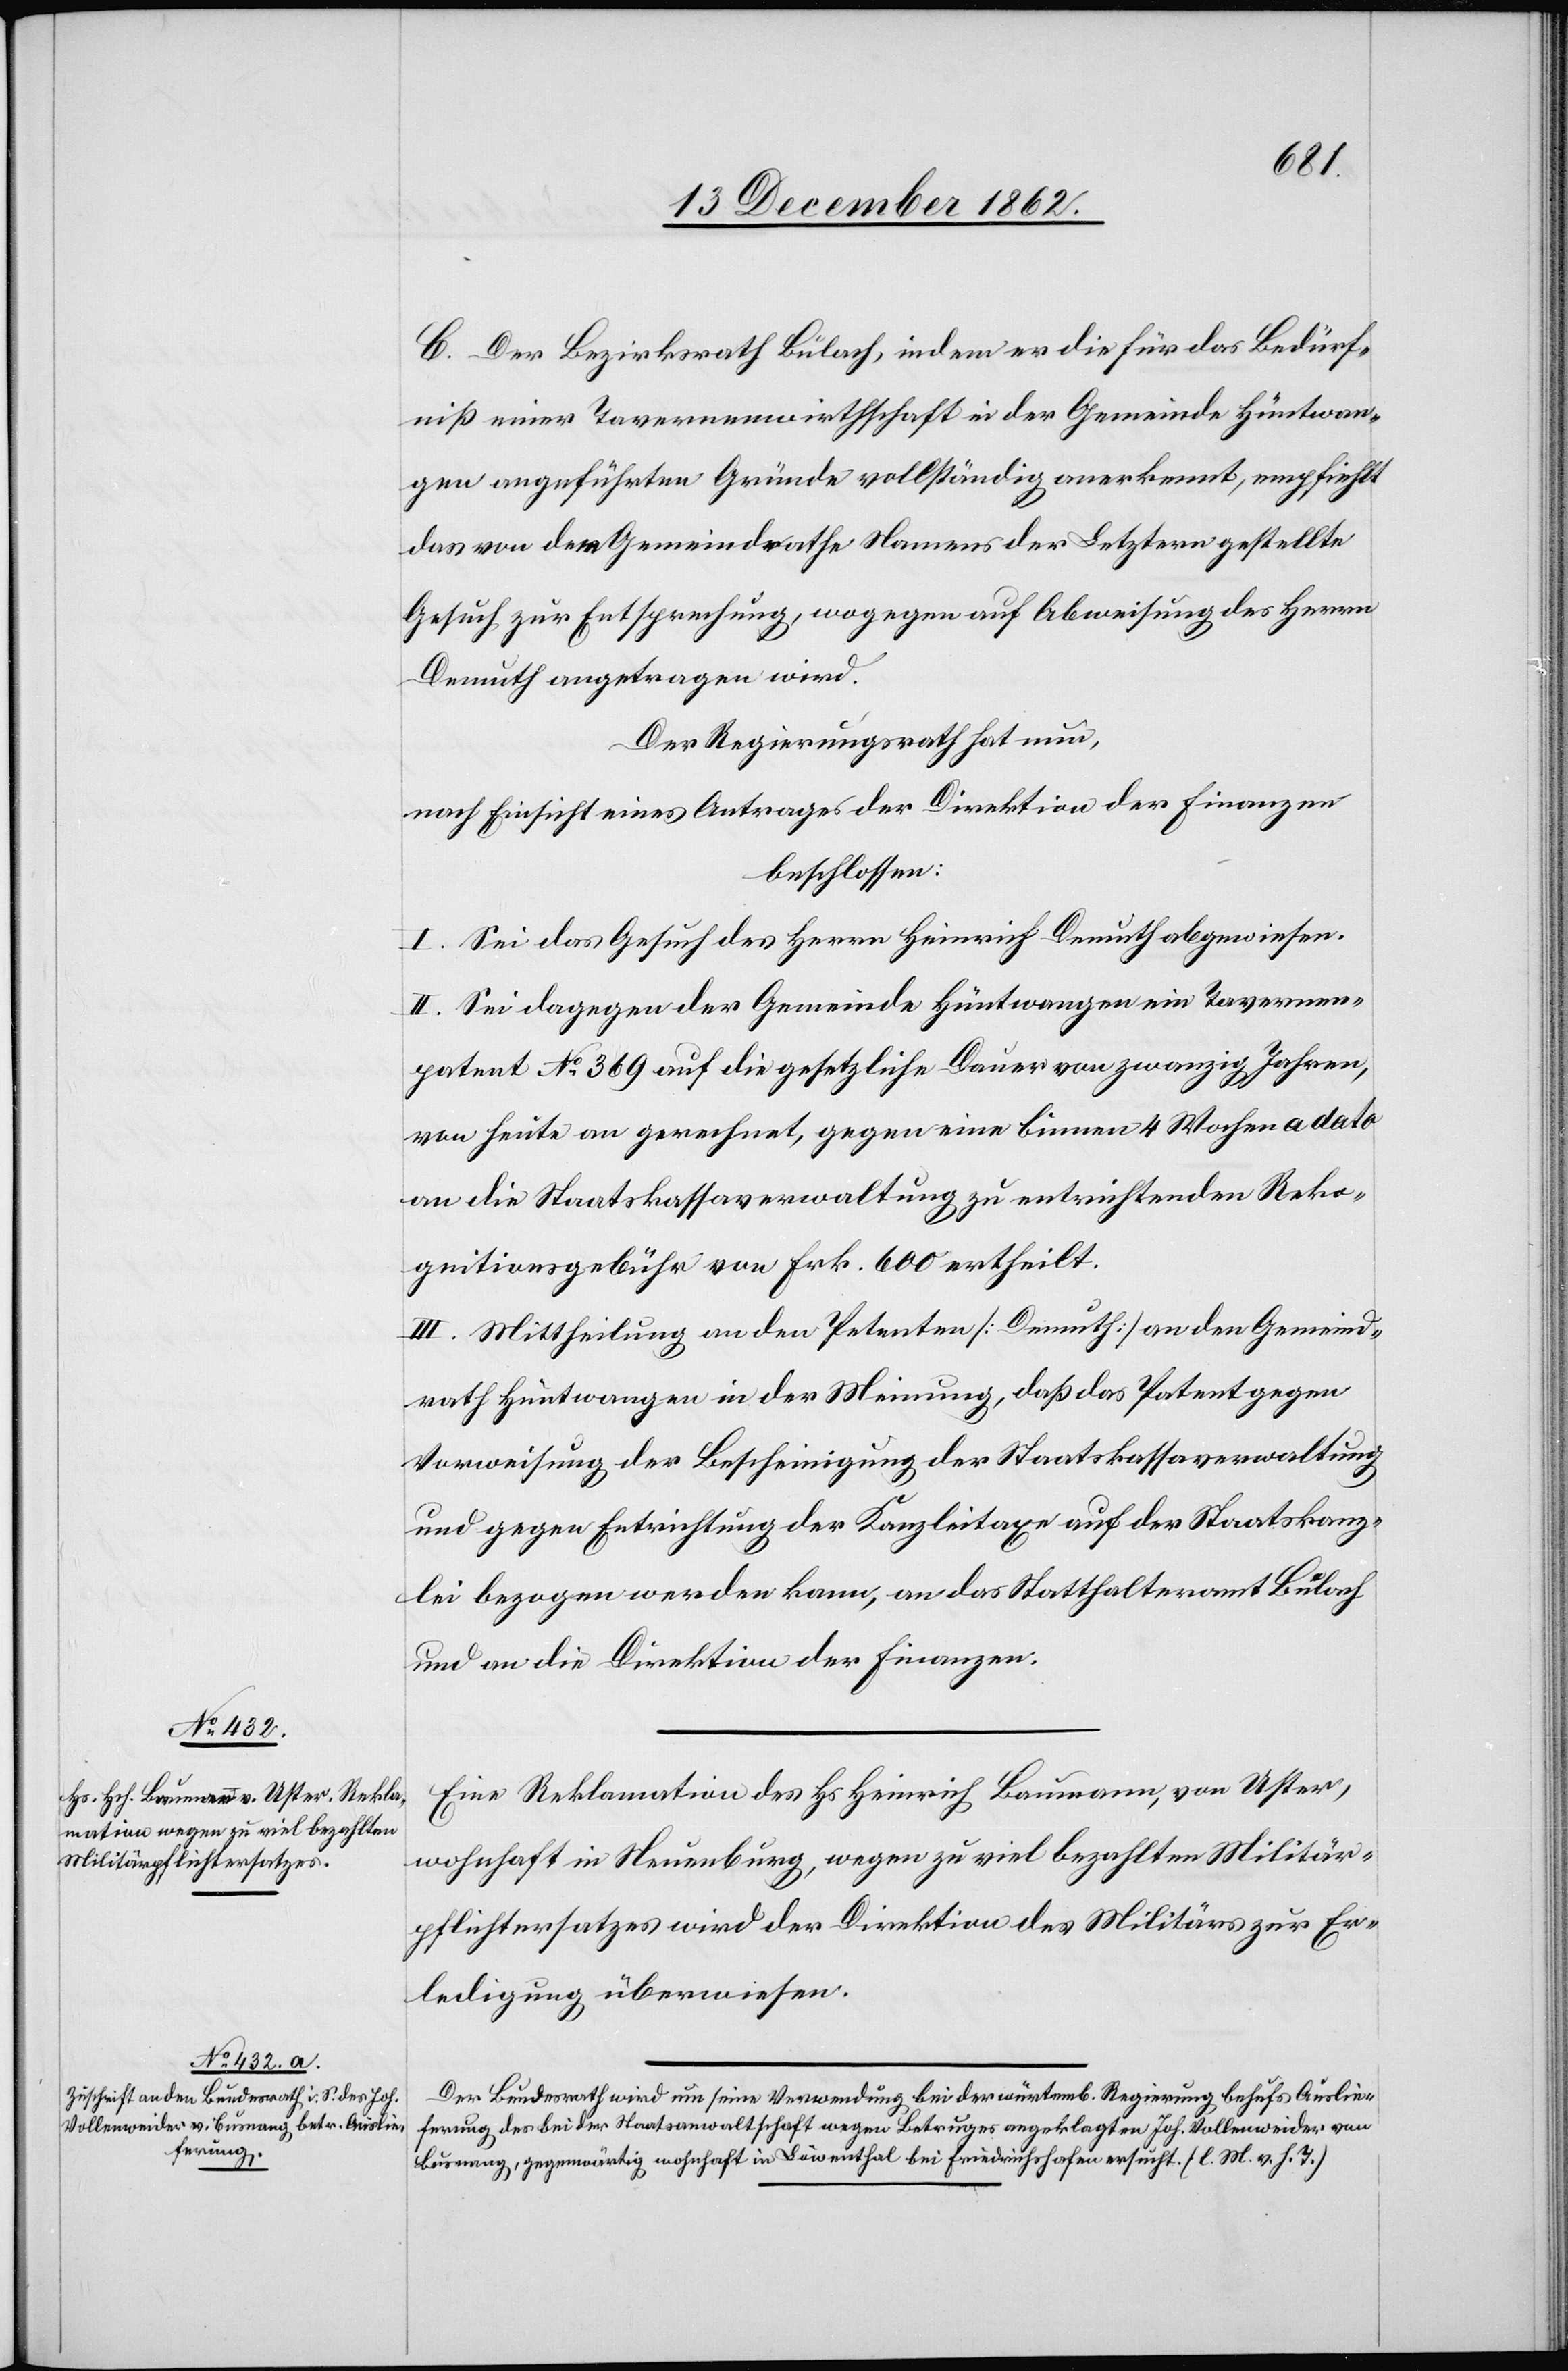
C. Der Bezirksrath Bülach, indem er die für das Bedürf¬
niß einer Tavernenwirthschaft in der Gemeinde Hüntwan¬
gen angeführten Gründe vollständig anerkennt, empfiehlt
das von dem Gemeindrathe Namens der Letztern gestellte
Gesuch zur Entsprechung, wogegen auf Abweisung des Herrn
Demuth angetragen wird.
Der Regierungsrath hat nun,
nach Einsicht eines Antrages der Direktion der Finanzen
beschlossen:
I. Sei das Gesuch des Herrn Heinrich Demuth abgewiesen.
II. Sei dagegen der Gemeinde Hüntwangen ein Tavernen¬
patent No 369 auf die gesetzliche Dauer von zwanzig Jahren,
von heute an gerechnet, gegen eine binnen 4 Wochen a dato
an die Staatskassaverwaltung zu entrichtenden Reko¬
gnitionsgebühr von Frk. 600 ertheilt.
III. Mittheilung an den Petenten [Demuth] an den Gemeind¬
rath Hüntwangen in der Meinung, daß das Patent gegen
Vorweisung der Bescheinigung der Staatskassaverwaltung
und gegen Entrichtung der Kanzleitaxe auf der Staatskanz¬
lei bezogen werden kann, an das Statthalteramt Bülach
und an die Direktion der Finanzen.
Eine Reklamation des Hs. Heinrich Baumann, von Uster,
wohnhaft in Neuenburg, wegen zu viel bezahlten Militär¬
pflichtersatzes wird der Direktion des Militärs zur Er¬
ledigung überwiesen.
Der Bundesrath wird um seine Verwendung bei der würtemb. Regierung behufs Auslie¬
ferung des bei der Staatsanwaltschaft wegen Betruges angeklagten Joh. Vollenweider von
Busnang, gegenwärtig wohnhaft in Löwenthal bei Friedrichshafen ersucht. (l. M. v. h. T)